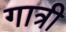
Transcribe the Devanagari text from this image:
गात्री